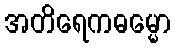
အတိရေကဓမ္မော